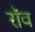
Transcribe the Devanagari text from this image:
रॉव